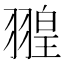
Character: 𦑠